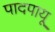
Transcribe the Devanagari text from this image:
पादपायू